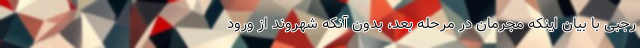
رجبی با بیان اینکه مجرمان در مرحله بعد، بدون آنکه شهروند از ورود